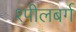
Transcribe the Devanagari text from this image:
श्पीलबर्ग